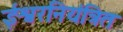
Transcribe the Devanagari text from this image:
ईश्वरनियंत्रित